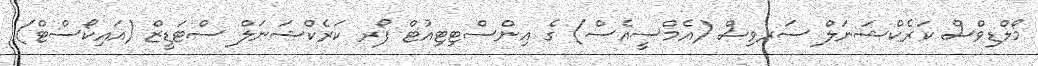
މޯލްޑިވްސް ކަރެކްޝަނަލް ސަރވިސް (އެމްސީއެސް) ގެ އިންސްޓިޓިއުޓް ފޯރ ކަރެކްޝަނަލް ސްޓަޑީޒް (އައިކޯސްޓް)